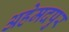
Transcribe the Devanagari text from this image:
अहेमदपुर